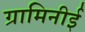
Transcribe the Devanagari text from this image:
ग्रामिनीई